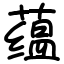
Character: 蕴